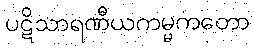
ပဋိသာရဏီယကမ္မကတော